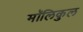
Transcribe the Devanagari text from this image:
मॉलिकुल